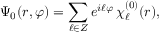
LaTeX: \Psi _ { 0 } ( r , \varphi ) = \sum _ { \ell \in Z } e ^ { i \ell \varphi } \, \chi _ { \ell } ^ { ( 0 ) } ( r ) ,